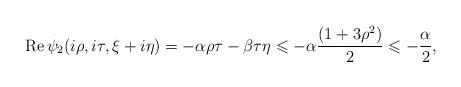
LaTeX: \begin{align*}\operatorname{Re}\psi_2(i\rho,i\tau,\xi+i\eta)=-\alpha\rho\tau-\beta\tau\eta\leqslant -\alpha\frac{(1+3\rho^2)}{2}\leqslant-\frac{\alpha}{2},\end{align*}